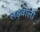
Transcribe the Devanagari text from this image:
लड़वाली